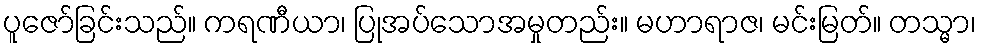
ပူဇော်ခြင်းသည်။ ကရဏီယာ၊ ပြုအပ်သောအမှုတည်း။ မဟာရာဇ၊ မင်းမြတ်။ တသ္မာ၊